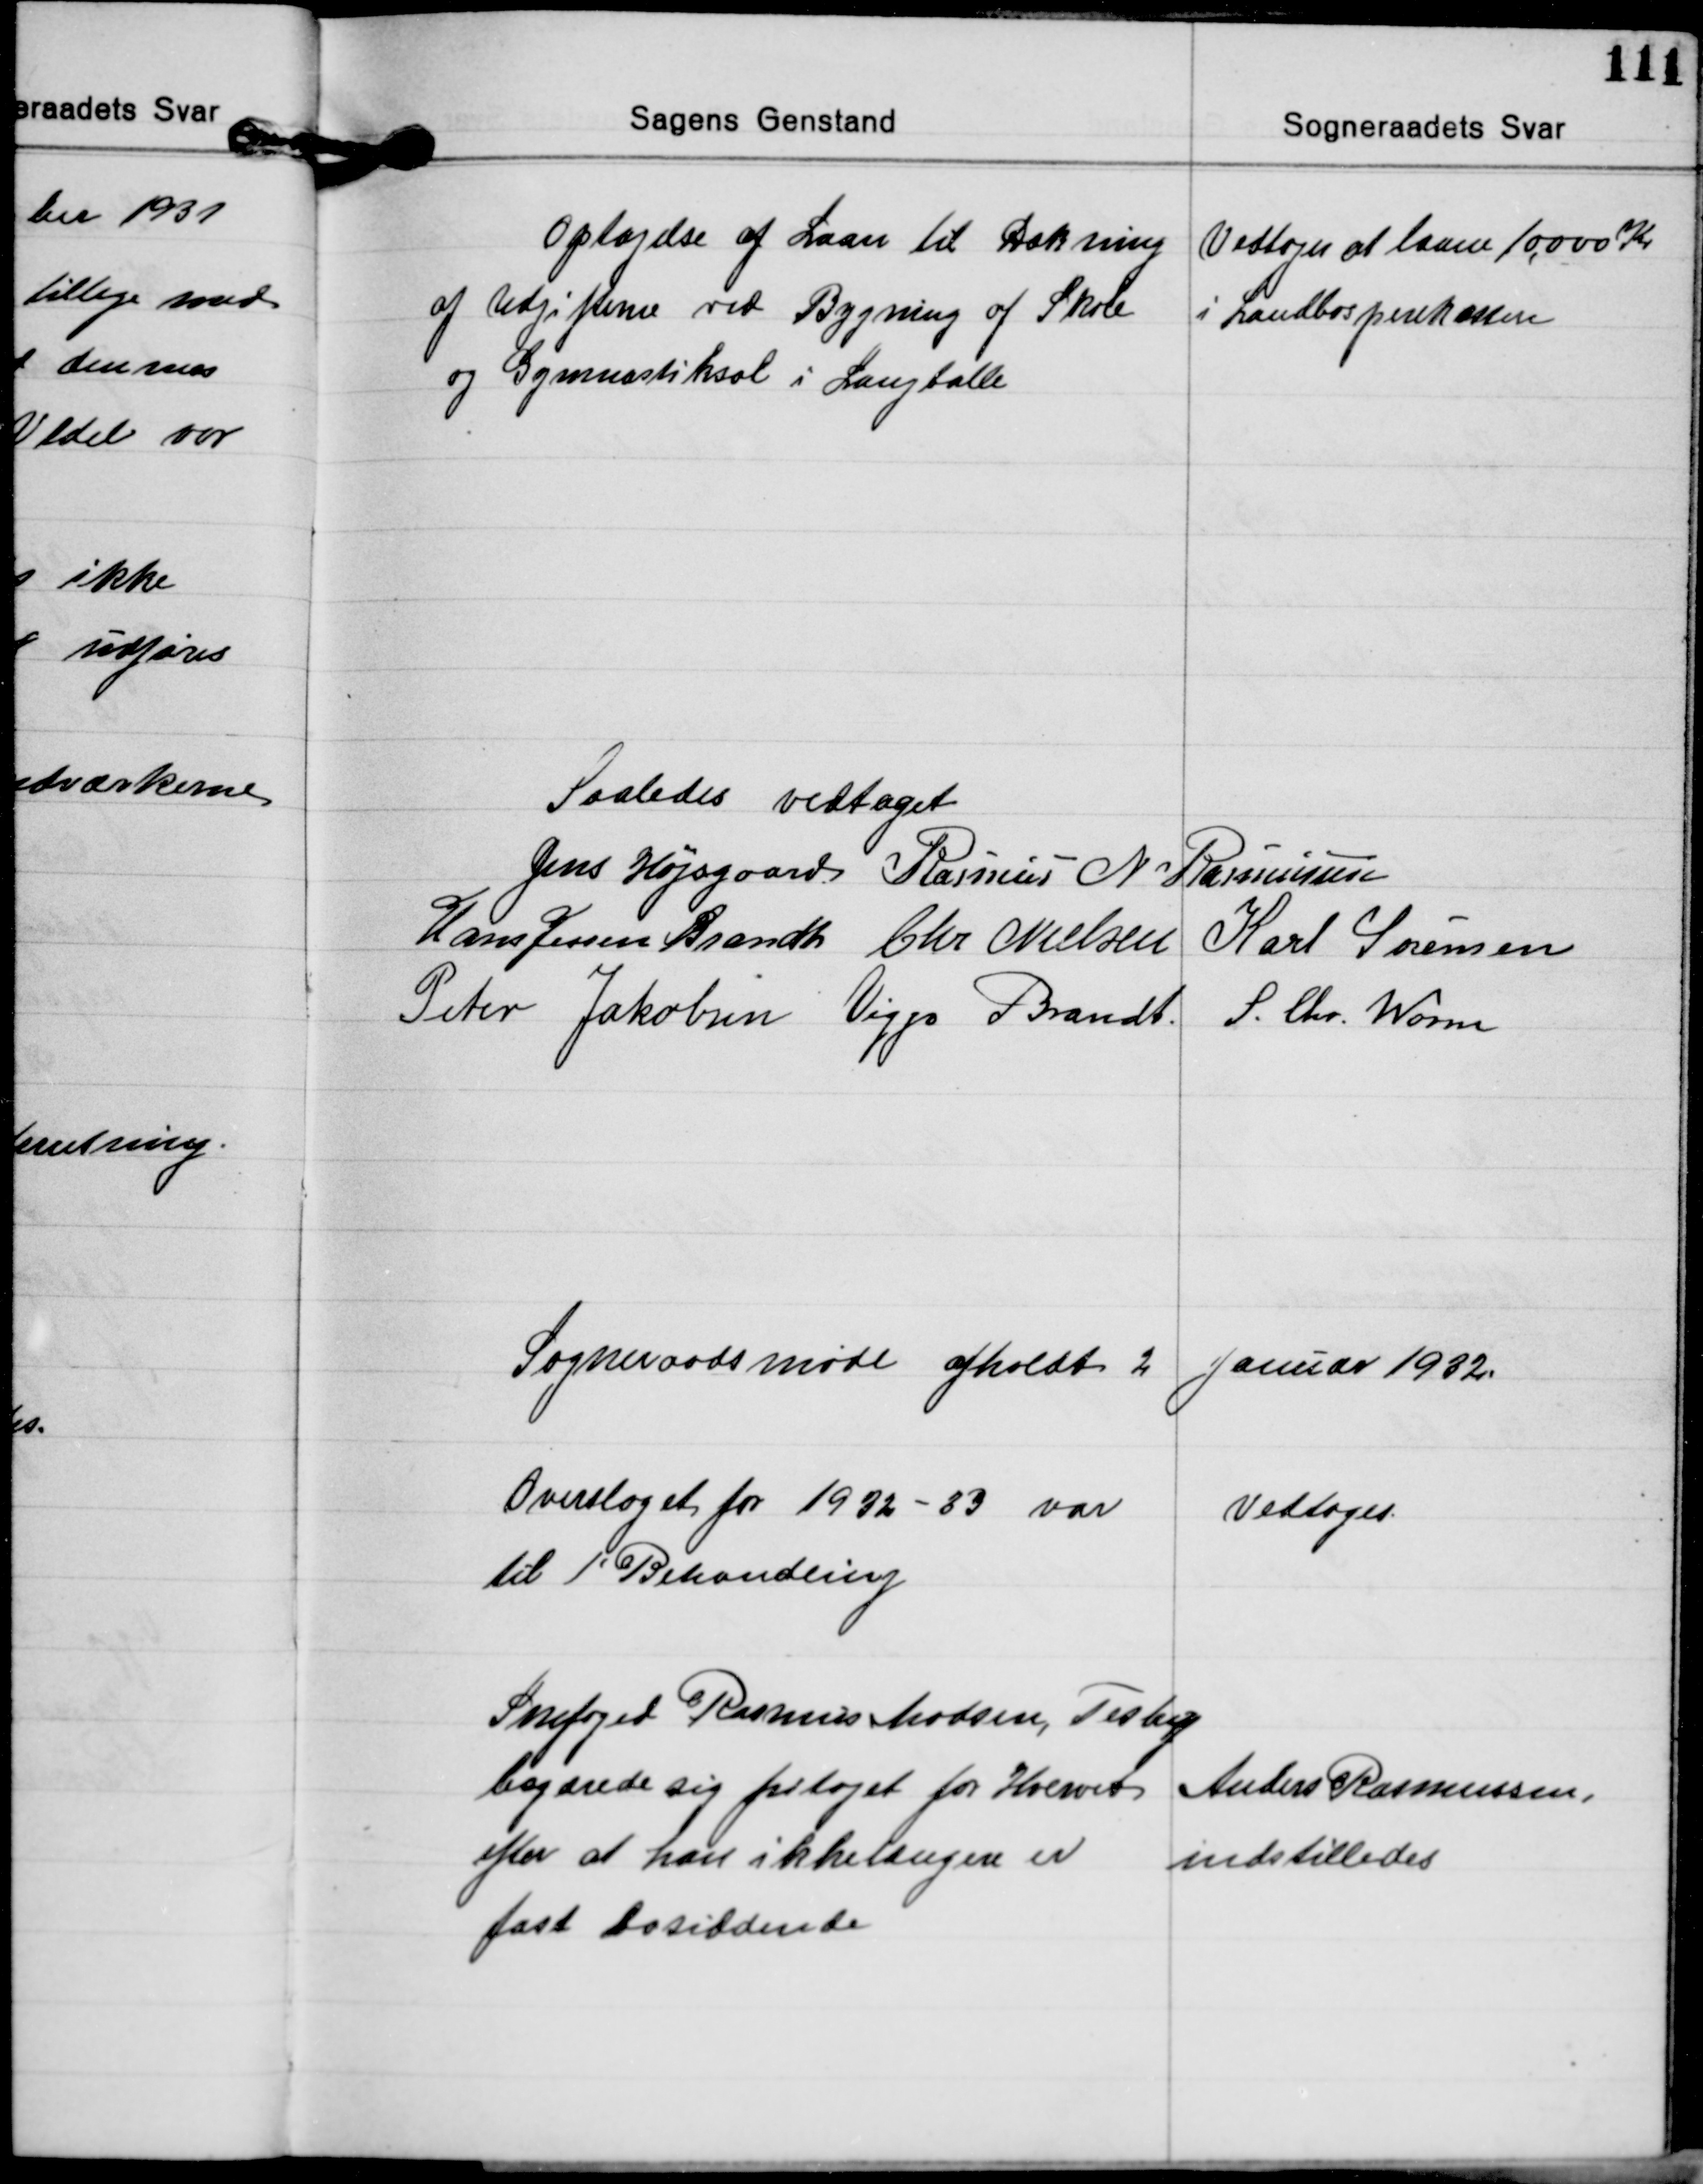
Transskription:
Optagelse af Laan til Dækning
af Udgifterne ved Bygning af Skole
og Gymnastiksal i Langballe

Vedtoges at laane 10.000 Kr.
i Landbosparekassen

Saaledes vedtaget
Jens Højsgaard Rasmus N. Rasmussen
Hans Jessen Brandt Chr. Nielsen Karl Sørensen
Peter Jakobsen Viggo Brandt
S. Chr. Worm

Sogneraadsmøde afholdt 2 Januar 1932.

Overslaget for 1932-33 var
til 1' Behandling

Vedtoges.

Snefoged Rasmus Madsen, Testrup
begærede sig fritaget for Hvervet
efter at han ikke længere er
fast bosiddende

Anders Rasmussen
indstilledes